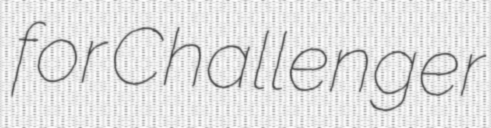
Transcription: for Challenger